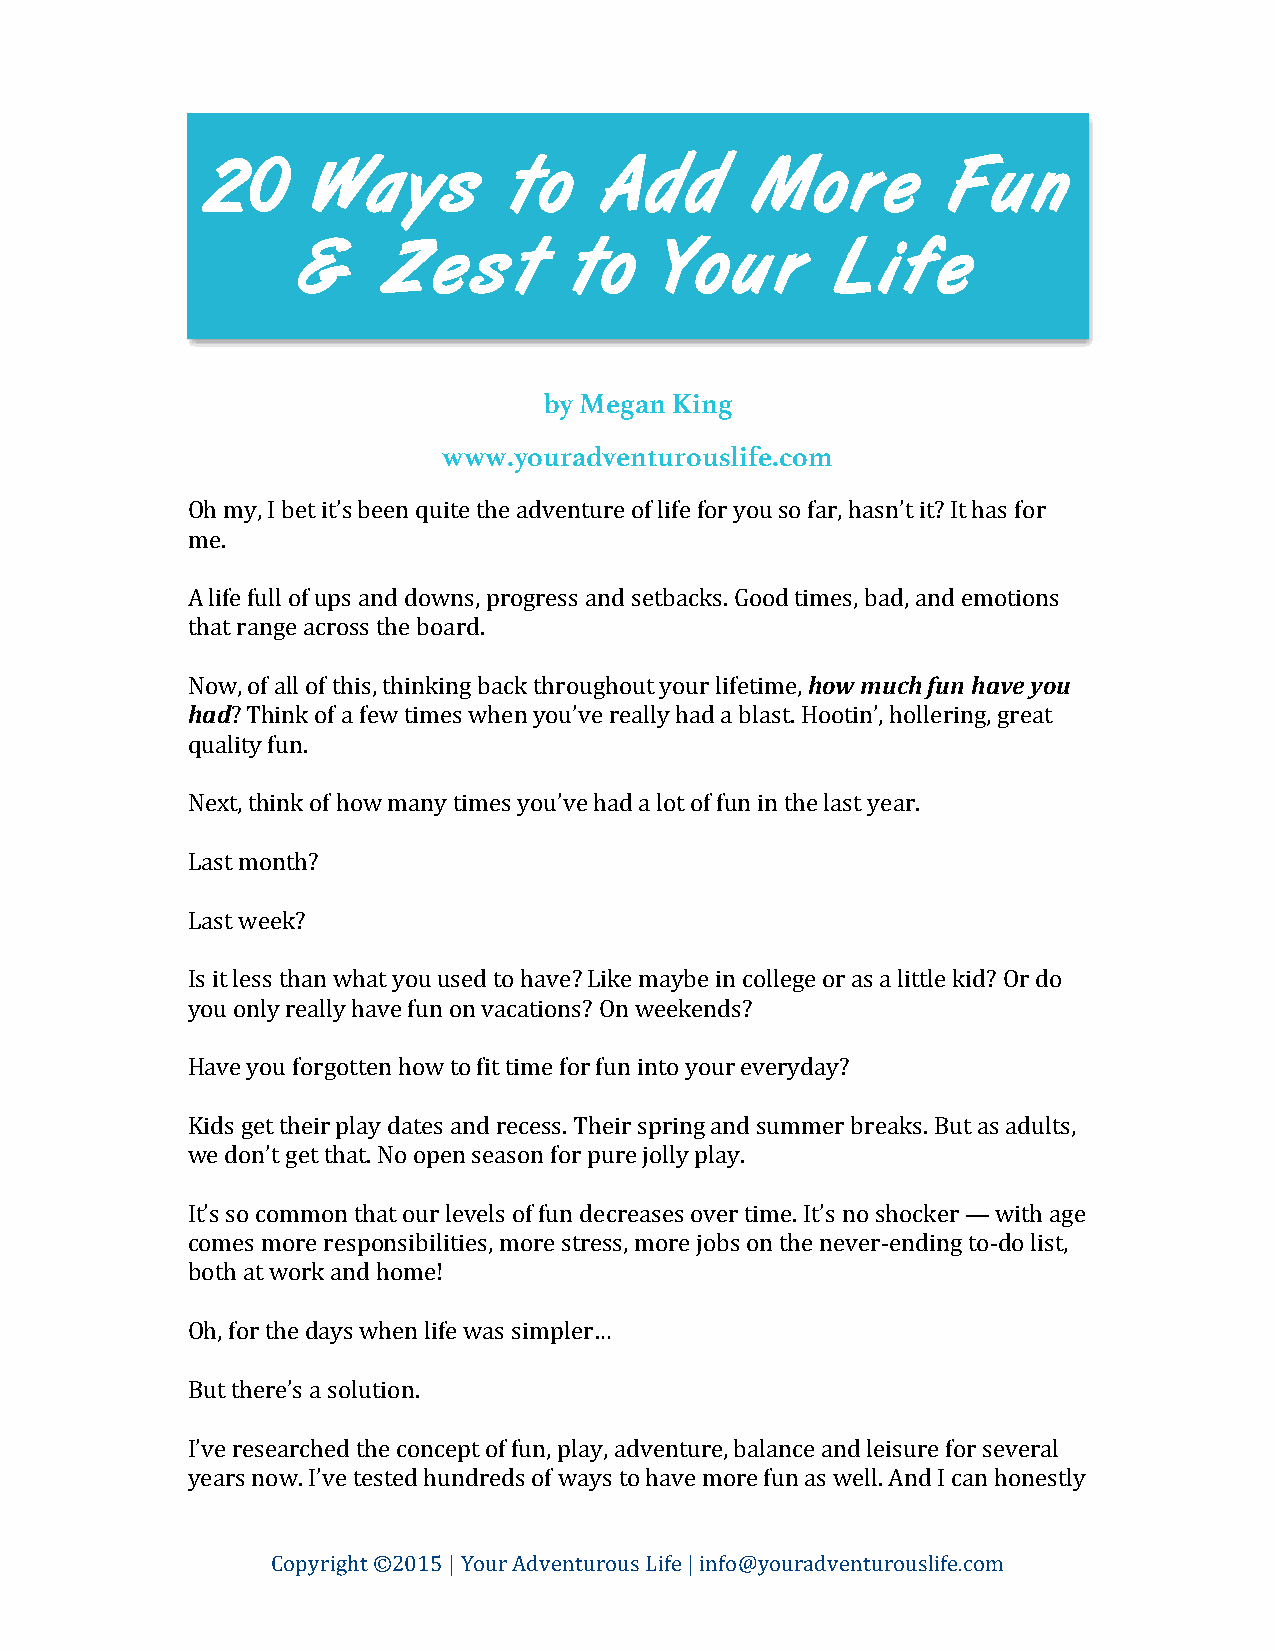
20      W  a  y s    t o   A  d d    M   o r  e   F  u n
 &    Z   e s  t   t o   Y o  u r   L  i f e
 by Megan King
 www.youradventurouslife.com
 Oh my, I bet it’s been quite the adventure of life for you so far, hasn’t it? It has for
 me.
 A life full of ups and downs, progress and setbacks. Good times, bad, and emotions
 that range across the board.
 Now, of all of this, thinking back throughout your lifetime, how much fun have you
 had? Think of a few times when you’ve really had a blast. Hootin’, hollering, great
 quality fun.
 Next, think of how many times you’ve had a lot of fun in the last year.
 Last month?
 Last week?
 Is it less than what you used to have? Like maybe in college or as a little kid? Or do
 you only really have fun on vacations? On weekends?
 Have you forgotten how to fit time for fun into your everyday?
 Kids get their play dates and recess. Their spring and summer breaks. But as adults,
 we don’t get that. No open season for pure jolly play.
 It’s so common that our levels of fun decreases over time. It’s no shocker — with age
 comes more responsibilities, more stress, more jobs on the never-­‐ending to-­‐do list,
 both at work and home!
 Oh, for the days when life was simpler…
 But there’s a solution.
 I’ve researched the concept of fun, play, adventure, balance and leisure for several
 years now. I’ve tested hundreds of ways to have more fun as well. And I can honestly
 Copyright ©2015 | Your Adventurous Life | info@youradventurouslife.com